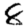
Digit: 8